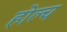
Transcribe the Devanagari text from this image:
होल्च